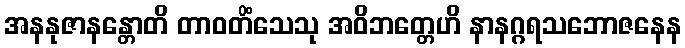
အနနုဇာနန္တောတိ တာဝတိံသေသု အဝိဘတ္တေဟိ နာနဂ္ဂရသဘောဇနေန